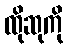
ထိုဆုကို